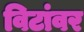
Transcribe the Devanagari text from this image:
विटांवर